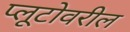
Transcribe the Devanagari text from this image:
प्लूटोवरील